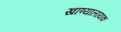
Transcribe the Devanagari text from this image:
खाण्यालायक